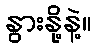
နွားနို့နဲ့။